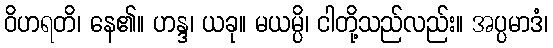
ဝိဟရတိ၊ နေ၏။ ဟန္ဒ၊ ယခု။ မယမ္ပိ၊ ငါတို့သည်လည်း။ အပ္ပမာဒံ၊